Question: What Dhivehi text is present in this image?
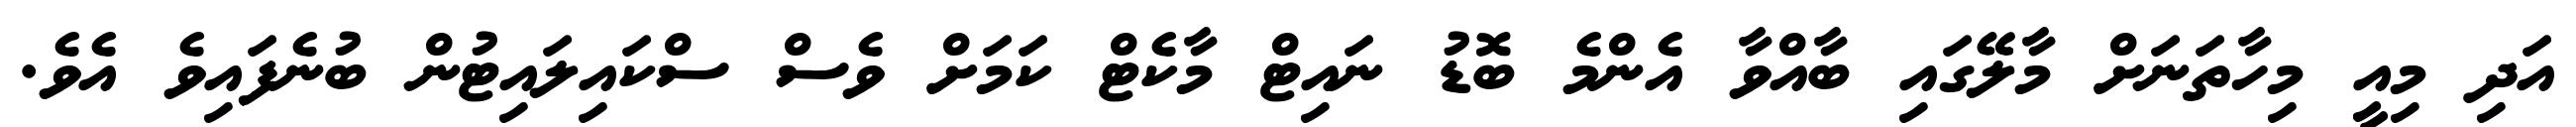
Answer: އަދި މިއީ މިހާތަނަށް މާލޭގައި ބާއްވާ އެންމެ ބޮޑު ނައިޓް މާކެޓް ކަމަށް ވެސް ސްކައިލައިޓުން ބުނެފައިވެ އެވެ.